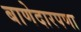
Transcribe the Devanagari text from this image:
बाणेदारपणा